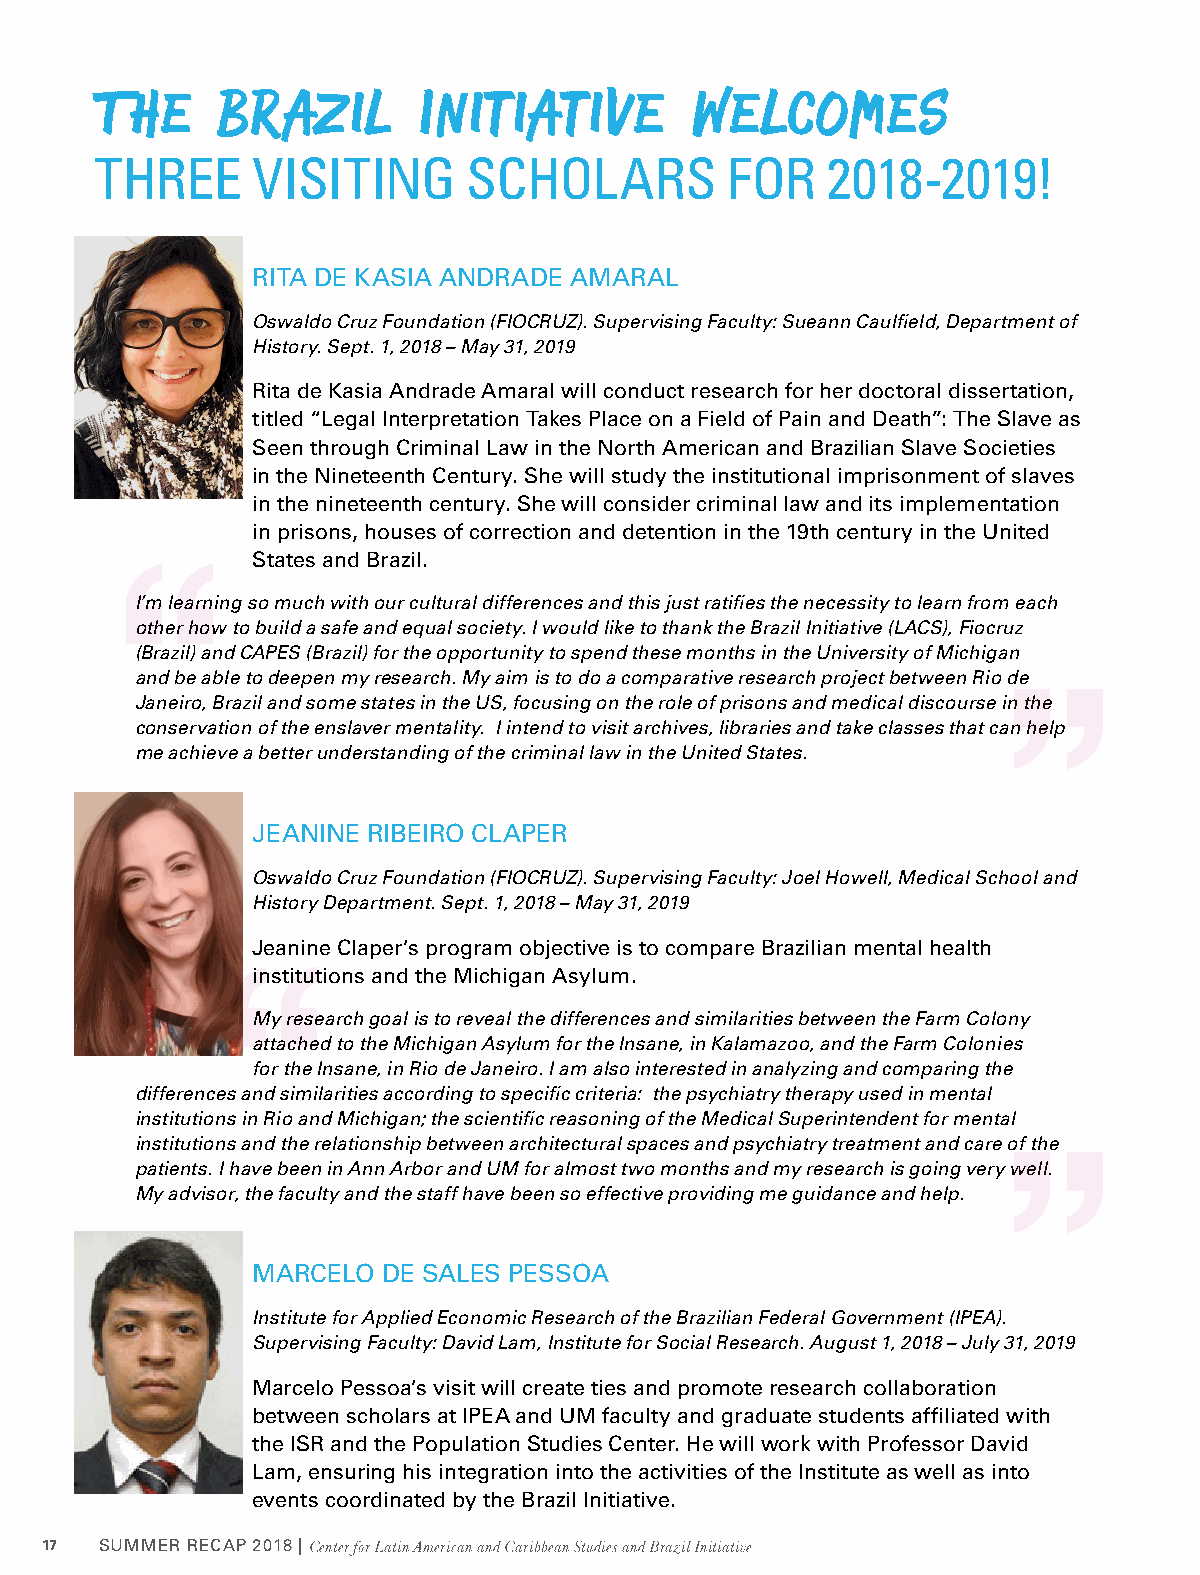
T  he   Brazil        Initiative        welcomes
 THREE      VISITING      SCHOLARS         FOR    2018-2019!
 RITA DE KASIA ANDRADE AMARAL
 Oswaldo Cruz Foundation (FIOCRUZ). Supervising Faculty: Sueann Caulfield, Department of
 History. Sept. 1, 2018 – May 31, 2019
 Rita de Kasia Andrade Amaral will conduct research for her doctoral dissertation,
 titled “Legal Interpretation Takes Place on a Field of Pain and Death”: The Slave as
 Seen through Criminal Law in the North American and Brazilian Slave Societies
 in the Nineteenth Century. She will study the institutional imprisonment of slaves
 in the nineteenth century. She will consider criminal law and its implementation
 in prisons, houses of correction and detention in the 19th century in the United
 States and Brazil.
 I’m learning so much with our cultural differences and this just ratifies the necessity to learn from each
 other how to build a safe and equal society. I would like to thank the Brazil Initiative (LACS), Fiocruz
 (Brazil) and CAPES (Brazil) for the opportunity to spend these months in the University of Michigan
 and be able to deepen my research. My aim is to do a comparative research project between Rio de
 Janeiro, Brazil and some states in the US, focusing on the role of prisons and medical discourse in the
 conservation of the enslaver mentality. I intend to visit archives, libraries and take classes that can help
 me achieve a better understanding of the criminal law in the United States.
 JEANINE RIBEIRO CLAPER
 Oswaldo Cruz Foundation (FIOCRUZ). Supervising Faculty: Joel Howell, Medical School and
 History Department. Sept. 1, 2018 – May 31, 2019
 Jeanine Claper’s program objective is to compare Brazilian mental health
 institutions and the Michigan Asylum.
 My research goal is to reveal the differences and similarities between the Farm Colony
 attached to the Michigan Asylum for the Insane, in Kalamazoo, and the Farm Colonies
 for the Insane, in Rio de Janeiro. I am also interested in analyzing and comparing the
 differences and similarities according to specific criteria: the psychiatry therapy used in mental
 institutions in Rio and Michigan; the scientific reasoning of the Medical Superintendent for mental
 institutions and the relationship between architectural spaces and psychiatry treatment and care of the
 patients. I have been in Ann Arbor and UM for almost two months and my research is going very well.
 My advisor, the faculty and the staff have been so effective providing me guidance and help.
 MARCELO DE SALES PESSOA
 Institute for Applied Economic Research of the Brazilian Federal Government (IPEA).
 Supervising Faculty: David Lam, Institute for Social Research. August 1, 2018 – July 31, 2019
 Marcelo Pessoa’s visit will create ties and promote research collaboration
 between scholars at IPEA and UM faculty and graduate students affiliated with
 the ISR and the Population Studies Center. He will work with Professor David
 Lam, ensuring his integration into the activities of the Institute as well as into
 events coordinated by the Brazil Initiative.
 17  SUMMER RECAP 2018 |Center for Latin American and Caribbean Studies and Brazil Initiative